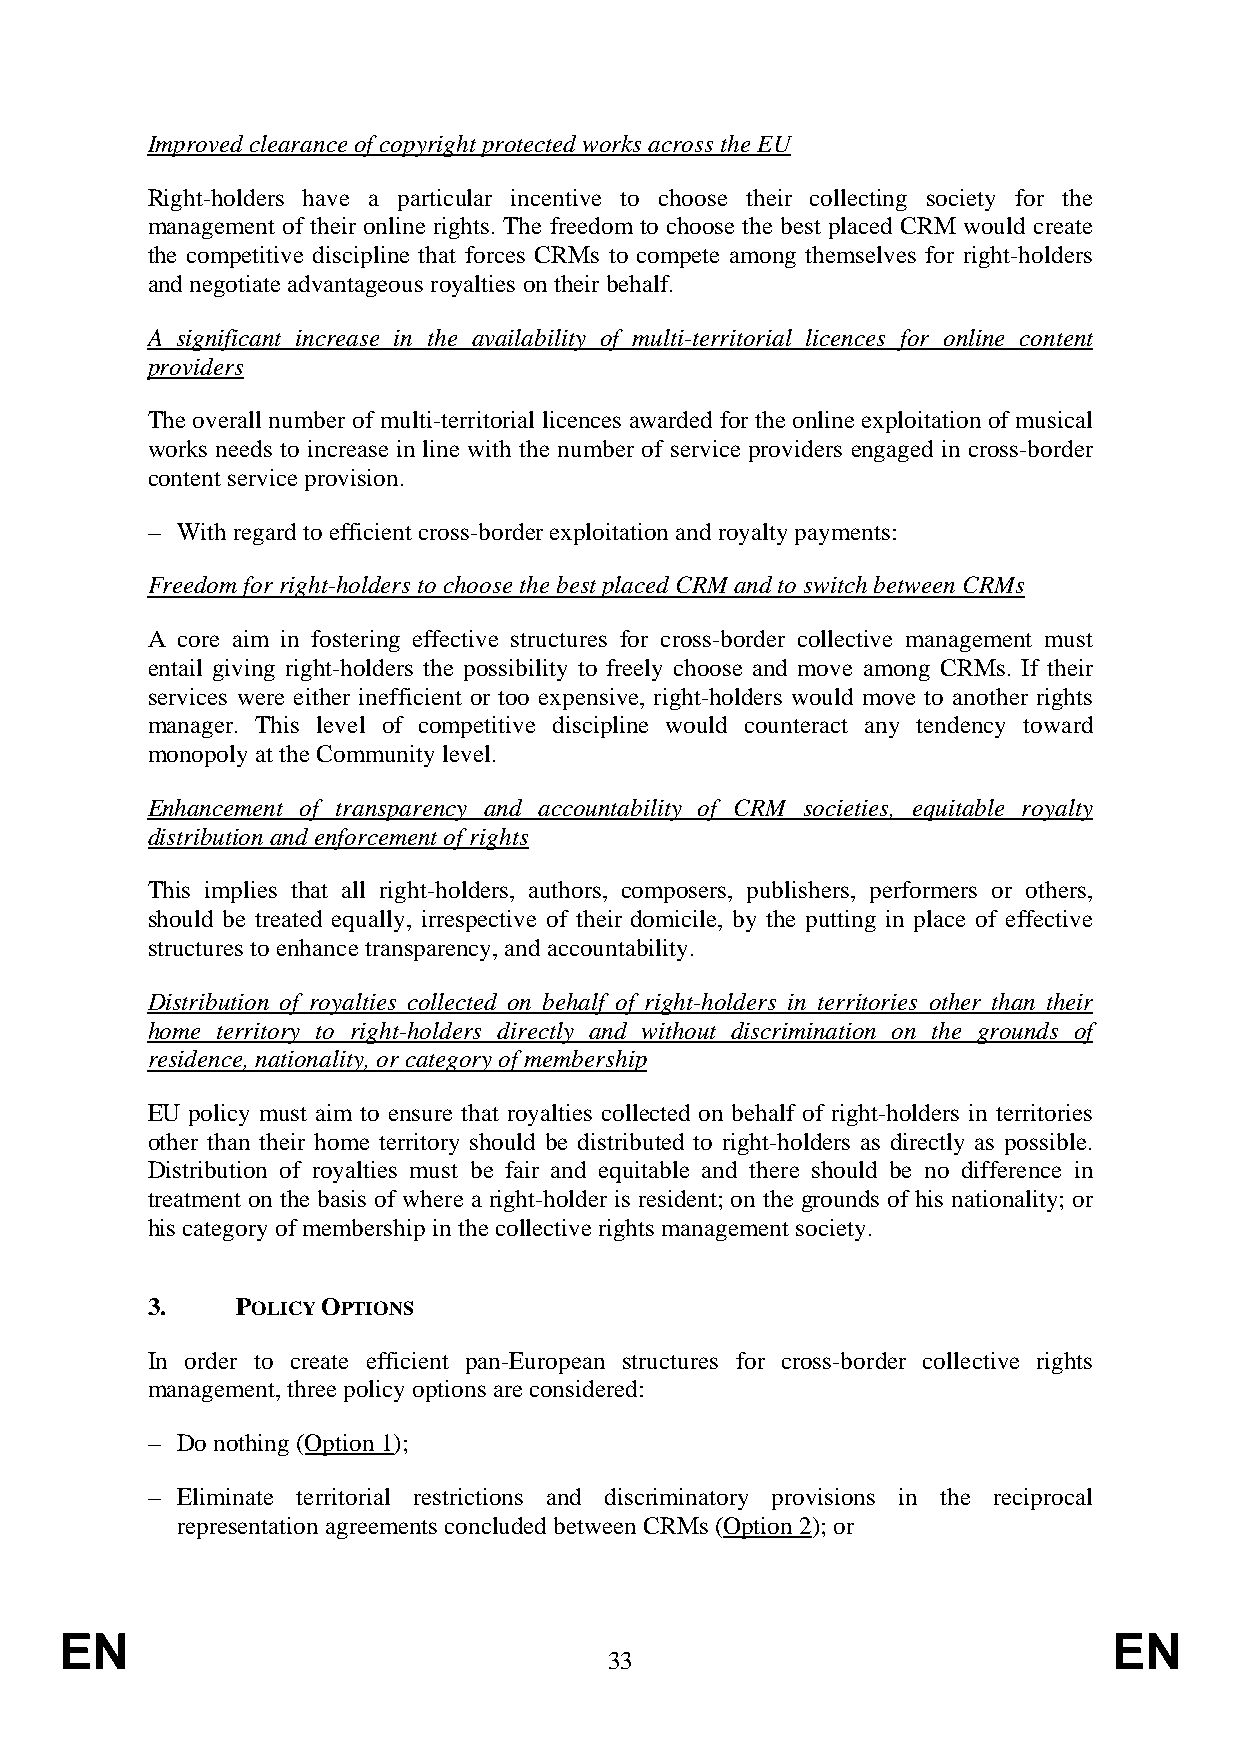
Improved clearance of copyright protected works across the EU
 Right-holders have a particular incentive to choose their collecting society for the
 management of their online rights. The freedom to choose the best placed CRM would create
 the competitive discipline that forces CRMs to compete among themselves for right-holders
 and negotiate advantageous royalties on their behalf.
 A significant increase in the availability of multi-territorial licences for online content
 providers
 The overall number of multi-territorial licences awarded for the online exploitation of musical
 works needs to increase in line with the number of service providers engaged in cross-border
 content service provision.
 – With regard to efficient cross-border exploitation and royalty payments:
 Freedom for right-holders to choose the best placed CRM and to switch between CRMs
 A core aim in fostering effective structures for cross-border collective management must
 entail giving right-holders the possibility to freely choose and move among CRMs. If their
 services were either inefficient or too expensive, right-holders would move to another rights
 manager. This level of competitive discipline would counteract any tendency toward
 monopoly at the Community level.
 Enhancement of transparency and accountability of CRM societies, equitable royalty
 distribution and enforcement of rights
 This implies that all right-holders, authors, composers, publishers, performers or others,
 should be treated equally, irrespective of their domicile, by the putting in place of effective
 structures to enhance transparency, and accountability.
 Distribution of royalties collected on behalf of right-holders in territories other than their
 home territory to right-holders directly and without discrimination on the grounds of
 residence, nationality, or category of membership
 EU policy must aim to ensure that royalties collected on behalf of right-holders in territories
 other than their home territory should be distributed to right-holders as directly as possible.
 Distribution of royalties must be fair and equitable and there should be no difference in
 treatment on the basis of where a right-holder is resident; on the grounds of his nationality; or
 his category of membership in the collective rights management society.
 3.    POLICY OPTIONS
 In order to create efficient pan-European structures for cross-border collective rights
 management, three policy options are considered:
 – Do nothing (Option 1);
 – Eliminate territorial restrictions and discriminatory provisions in the reciprocal
 representation agreements concluded between CRMs (Option 2); or
 EN                                                                    EN
 33